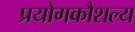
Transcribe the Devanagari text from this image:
प्रयोगकौशल्य